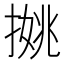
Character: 𢱐